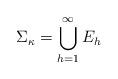
LaTeX: \begin{align*}\Sigma_{\kappa} = \bigcup_{h=1}^{\infty} E_h\end{align*}